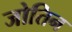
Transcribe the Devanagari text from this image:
जोतिन